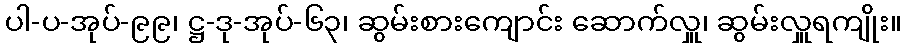
ပါ-ပ-အုပ်-၉၉၊ ဋ္ဌ-ဒု-အုပ်-၆၃၊ ဆွမ်းစားကျောင်း ဆောက်လှူ၊ ဆွမ်းလှူရကျိုး။